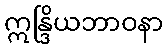
ဣန္ဒြိယဘာဝနာ